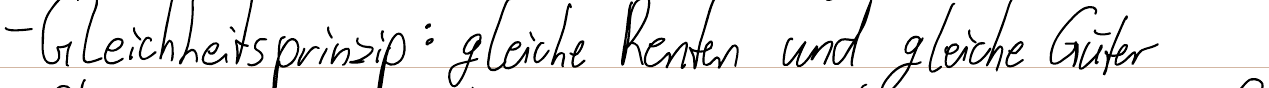
- Gleichheitsprinzip: gleiche Renten und gleiche Güter